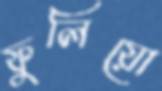
ফুলিয়ো